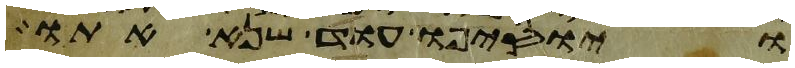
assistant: ויוסיפו עוד שנא אתו